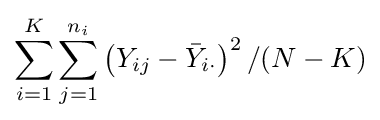
\sum _{i=1}^{K}\sum _{j=1}^{n_{i}}\left(Y_{ij}-{\bar {Y}}_{i\cdot }\right)^{2}/(N-K)